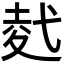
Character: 𭚢